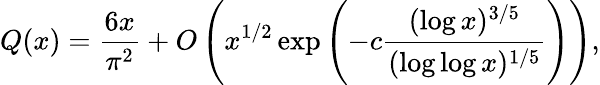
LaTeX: Q(x)={\frac{6x}{\pi^{2}}}+O\left(x^{1/2}\exp\left(-c{\frac{(\log x)^{3/5}}{(\log\log x)^{1/5}}}\right)\right),